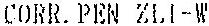
CORR. PEN ZLI-W